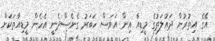
އޭގެ އިތުރުން ދައުލަތުގެ މީޑިއާ އިން އަވަސް ހަބަރު ގެނެސްދެނީ އެހެން މީޑިއާތަކަށް